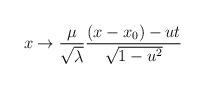
\begin{align*}x\rightarrow \frac{\mu }{\sqrt{\lambda }}\frac{(x-x_{0})-ut}{\sqrt{1-u^{2}}}\end{align*}